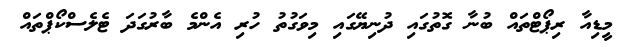
މީޑިއާ ރިޕޯޓްތައް ބުނާ ގޮތުގައި ދުނިޔޭގައި މިވަގުތު ހުރި އެންމެ ބާރުގަދަ ޓެލެސްކޯޕްތައް